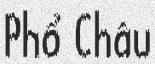
Phổ Châu